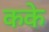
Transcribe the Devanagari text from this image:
कके